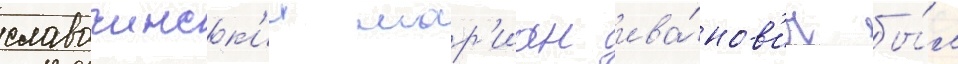
славочинск'ии мар'иан ива́нов'ич бы́л